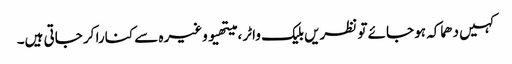
کہیں دھماکہ ہو جائے تو نظریں بلیک واٹر ، میتھیو وغیرہ سے کنارا کر جاتی ہیں۔